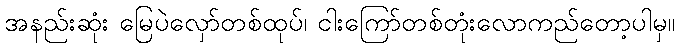
အနည်းဆုံး မြေပဲလှော်တစ်ထုပ်၊ ငါးကြော်တစ်တုံးလောကည်တော့ပါမှ။